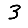
Digit: 3